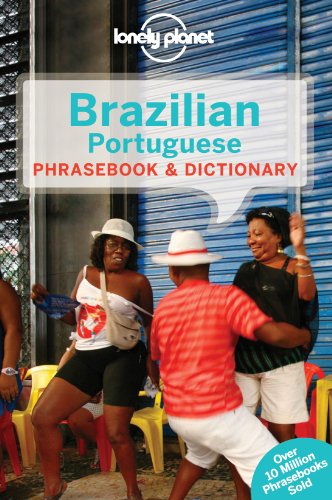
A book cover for Lonely Planet Brazilian Portuguese Phrasebook & Dictionary; Lonely Planet; Travel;